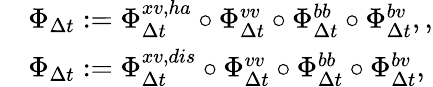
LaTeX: \begin{array}{rl}&{\Phi_{\Delta t}:=\Phi_{\Delta t}^{xv,ha}\circ\Phi_{\Delta t}^{vv}\circ\Phi_{\Delta t}^{bb}\circ\Phi_{\Delta t}^{bv},,}\\ &{\Phi_{\Delta t}:=\Phi_{\Delta t}^{xv,dis}\circ\Phi_{\Delta t}^{vv}\circ\Phi_{\Delta t}^{bb}\circ\Phi_{\Delta t}^{bv},}\end{array}